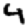
Digit: 4